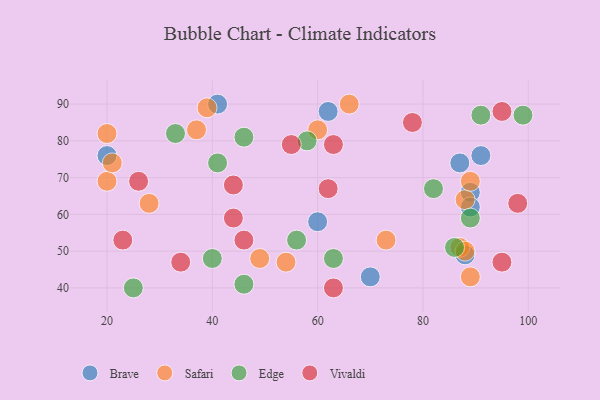
{"axis": {"x": "GDP", "y": "Life Expectancy"}, "legend": ["Brave", "Edge", "Safari", "Vivaldi"], "data": [{"x": "62", "y": 88, "type": "Brave"}, {"x": "70", "y": 43, "type": "Brave"}, {"x": "89", "y": 66, "type": "Brave"}, {"x": "91", "y": 76, "type": "Brave"}, {"x": "87", "y": 74, "type": "Brave"}, {"x": "41", "y": 90, "type": "Brave"}, {"x": "89", "y": 62, "type": "Brave"}, {"x": "88", "y": 49, "type": "Brave"}, {"x": "20", "y": 76, "type": "Brave"}, {"x": "60", "y": 58, "type": "Brave"}, {"x": "88", "y": 64, "type": "Safari"}, {"x": "89", "y": 43, "type": "Safari"}, {"x": "20", "y": 82, "type": "Safari"}, {"x": "39", "y": 89, "type": "Safari"}, {"x": "54", "y": 47, "type": "Safari"}, {"x": "49", "y": 48, "type": "Safari"}, {"x": "20", "y": 69, "type": "Safari"}, {"x": "21", "y": 74, "type": "Safari"}, {"x": "28", "y": 63, "type": "Safari"}, {"x": "66", "y": 90, "type": "Safari"}, {"x": "60", "y": 83, "type": "Safari"}, {"x": "87", "y": 51, "type": "Safari"}, {"x": "73", "y": 53, "type": "Safari"}, {"x": "89", "y": 69, "type": "Safari"}, {"x": "37", "y": 83, "type": "Safari"}, {"x": "88", "y": 50, "type": "Safari"}, {"x": "25", "y": 40, "type": "Edge"}, {"x": "91", "y": 87, "type": "Edge"}, {"x": "46", "y": 81, "type": "Edge"}, {"x": "63", "y": 48, "type": "Edge"}, {"x": "89", "y": 59, "type": "Edge"}, {"x": "58", "y": 80, "type": "Edge"}, {"x": "56", "y": 53, "type": "Edge"}, {"x": "40", "y": 48, "type": "Edge"}, {"x": "99", "y": 87, "type": "Edge"}, {"x": "82", "y": 67, "type": "Edge"}, {"x": "86", "y": 51, "type": "Edge"}, {"x": "33", "y": 82, "type": "Edge"}, {"x": "46", "y": 41, "type": "Edge"}, {"x": "41", "y": 74, "type": "Edge"}, {"x": "46", "y": 53, "type": "Vivaldi"}, {"x": "55", "y": 79, "type": "Vivaldi"}, {"x": "26", "y": 69, "type": "Vivaldi"}, {"x": "95", "y": 88, "type": "Vivaldi"}, {"x": "78", "y": 85, "type": "Vivaldi"}, {"x": "63", "y": 79, "type": "Vivaldi"}, {"x": "95", "y": 47, "type": "Vivaldi"}, {"x": "44", "y": 59, "type": "Vivaldi"}, {"x": "44", "y": 68, "type": "Vivaldi"}, {"x": "34", "y": 47, "type": "Vivaldi"}, {"x": "62", "y": 67, "type": "Vivaldi"}, {"x": "23", "y": 53, "type": "Vivaldi"}, {"x": "63", "y": 40, "type": "Vivaldi"}, {"x": "98", "y": 63, "type": "Vivaldi"}]}